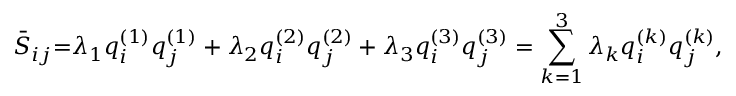
{ { \bar { S } } _ { i j } } \mathrm { { = } } { \lambda _ { 1 } } q _ { i } ^ { \left( 1 \right) } q _ { j } ^ { \left( 1 \right) } + { \lambda _ { 2 } } q _ { i } ^ { \left( 2 \right) } q _ { j } ^ { \left( 2 \right) } + { \lambda _ { 3 } } q _ { i } ^ { \left( 3 \right) } q _ { j } ^ { \left( 3 \right) } = \sum _ { k = 1 } ^ { 3 } { { \lambda _ { k } } q _ { i } ^ { \left( k \right) } q _ { j } ^ { \left( k \right) } } ,